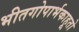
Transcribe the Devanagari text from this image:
भीतगोपार्भकाहूतो